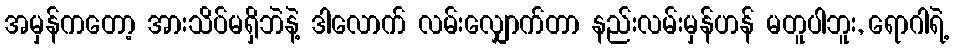
အမှန်ကတော့ အားသိပ်မရှိဘဲနဲ့ ဒါလောက် လမ်းလျှောက်တာ နည်းလမ်းမှန်ဟန် မတူပါဘူး, ရောဂါရဲ့